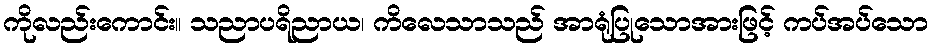
ကိုလည်းကောင်း။ သညာပရိညာယ၊ ကိလေသာသည် အာရုံပြုသောအားဖြင့် ကပ်အပ်သော